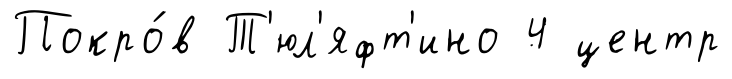
Покро́в Т'юл'яфт'ино 4 центр